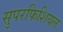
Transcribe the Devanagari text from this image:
सुपरफिशियल